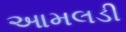
આમલડી